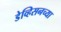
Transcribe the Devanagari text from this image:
डेव्हिसनच्या